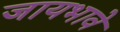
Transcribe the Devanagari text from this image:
जायभावे